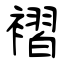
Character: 褶